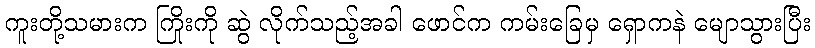
ကူးတို့သမားက ကြိုးကို ဆွဲ လိုက်သည့်အခါ ဖောင်က ကမ်းခြေမှ ရှောကနဲ မျောသွားပြီး